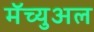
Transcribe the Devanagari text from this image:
मॅच्युअल